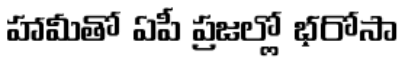
హామీతో ఏపీ ప్రజల్లో భరోసా